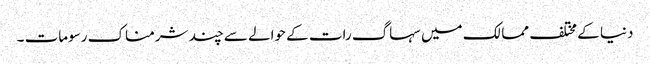
دنیا کے مختلف ممالک میں سہاگ رات کے حوالے سے چند شرمناک رسومات ۔